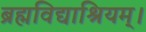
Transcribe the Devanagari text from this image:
ब्रह्मविद्याश्रियम्।